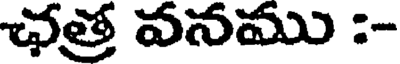
ఛత్ర వనము :-